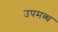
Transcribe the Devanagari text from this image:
उपमब्ध